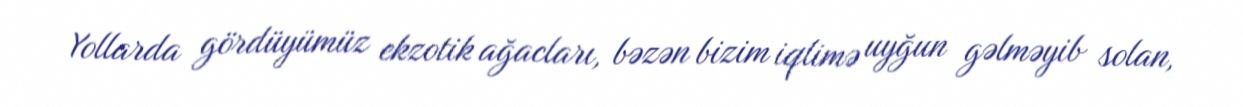
Yollarda gördüyümüz ekzotik ağacları, bəzən bizim iqlimə uyğun gəlməyib solan,